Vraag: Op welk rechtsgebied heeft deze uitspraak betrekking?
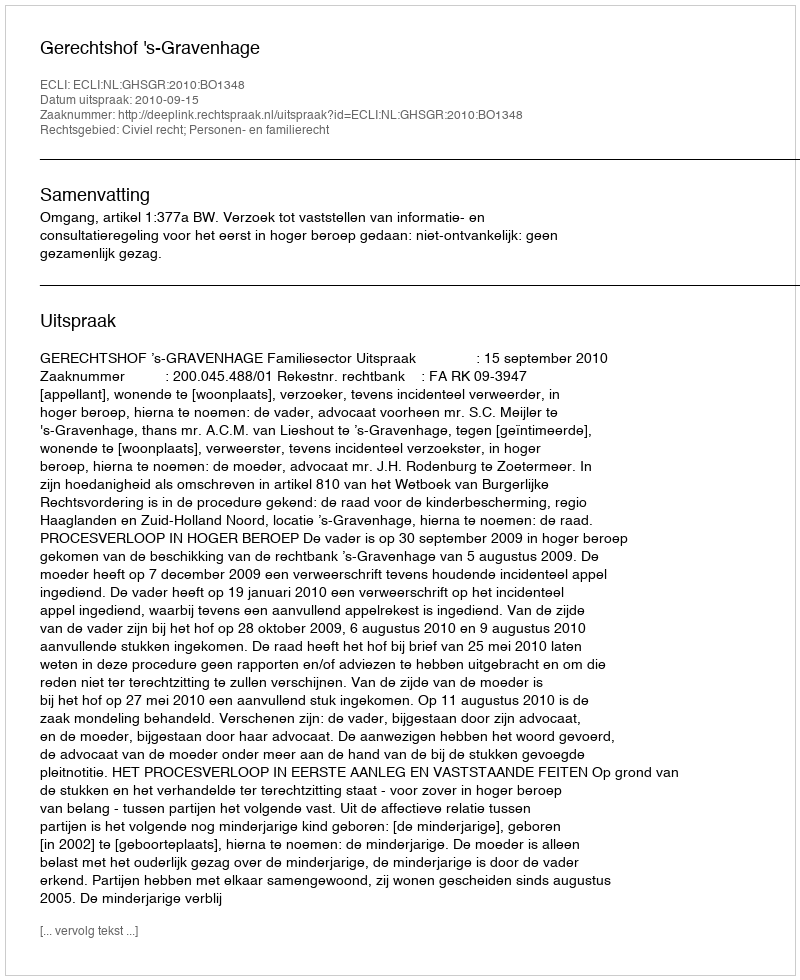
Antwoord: Civiel recht; Personen- en familierecht